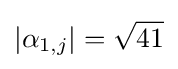
|\alpha _{1,j}|={\sqrt {41}}